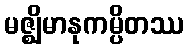
မဇ္ဈိမာနုကမ္ပိတဿ